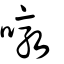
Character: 噋